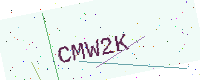
Text: CMW2K